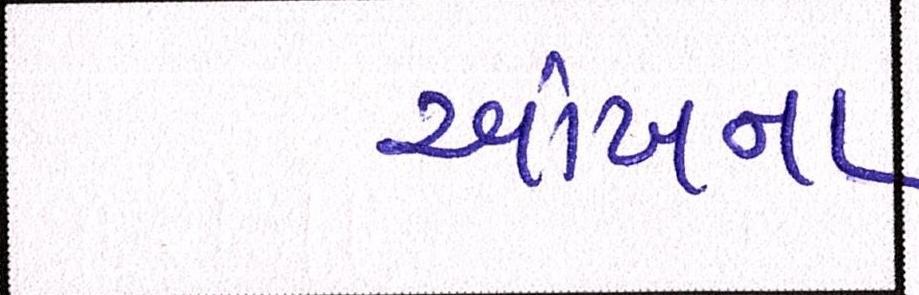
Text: આંખના